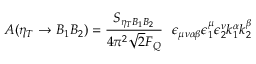
A ( \eta _ { T } \rightarrow B _ { 1 } B _ { 2 } ) = \frac { S _ { \eta _ { T } B _ { 1 } B _ { 2 } } } { 4 \pi ^ { 2 } \sqrt { 2 } F _ { Q } } \ \ \epsilon _ { \mu \nu \alpha \beta } \epsilon _ { 1 } ^ { \mu } \epsilon _ { 2 } ^ { \nu } k _ { 1 } ^ { \alpha } k _ { 2 } ^ { \beta }